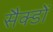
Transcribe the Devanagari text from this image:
सैक्डों